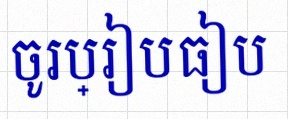
ចូរប្រៀបធៀប